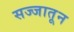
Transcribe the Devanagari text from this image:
सज्जातून